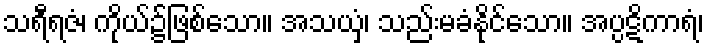
သရီရဇံ၊ ကိုယ်၌ဖြစ်သော။ အသယှံ၊ သည်းမခံနိုင်သော။ အပ္ပဋိကာရံ၊